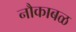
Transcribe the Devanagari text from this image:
नौकाबळ